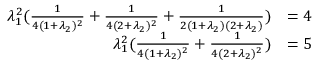
\begin{array} { r l } { \lambda _ { 1 } ^ { 2 } ( \frac { 1 } { 4 ( 1 + \lambda _ { 2 } ) ^ { 2 } } + \frac { 1 } { 4 ( 2 + \lambda _ { 2 } ) ^ { 2 } } + \frac { 1 } { 2 ( 1 + \lambda _ { 2 } ) ( 2 + \lambda _ { 2 } ) } ) } & { = 4 } \\ { \lambda _ { 1 } ^ { 2 } ( \frac { 1 } { 4 ( 1 + \lambda _ { 2 } ) ^ { 2 } } + \frac { 1 } { 4 ( 2 + \lambda _ { 2 } ) ^ { 2 } } ) } & { = 5 } \end{array}